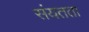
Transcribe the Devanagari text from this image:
संयतता